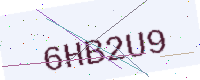
Text: 6HB2U9